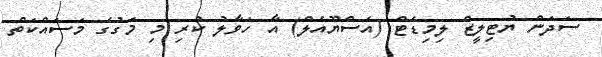
ސަދަން ޔުޓިލީޒް ލިމިޑެޓް (އެސްޔޫއެލް) އާ ހަވާލު ކުރި މި މަގުގެ މަސައްކަތް